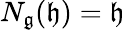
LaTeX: N_{\mathfrak{g}}({\mathfrak{h}})={\mathfrak{h}}